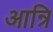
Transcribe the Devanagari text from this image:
आन्रि